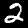
Label: 2